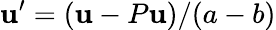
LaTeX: \mathbf{u}^{\prime}=(\mathbf{u}-P\mathbf{u})/(a-b)